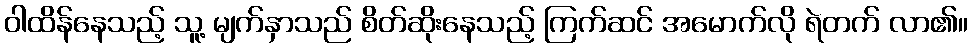
ဝါထိန်နေသည့် သူ့ မျက်နှာသည် စိတ်ဆိုးနေသည့် ကြက်ဆင် အမောက်လို ရဲတက် လာ၏။